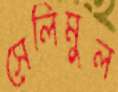
সেলিমুল